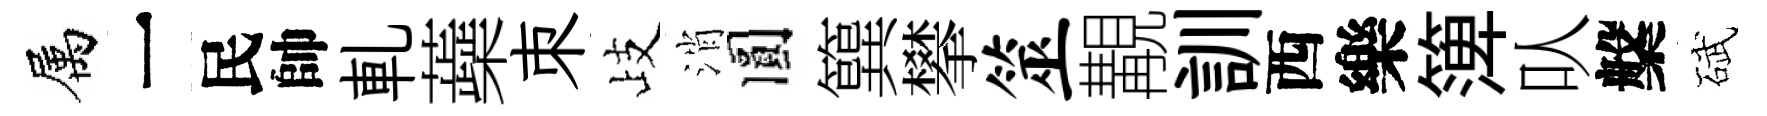
属一民帥軋蘃朿歧消圓簨攀筮覯訓西樂𥱼㕥槃碔